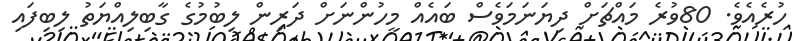
ހުރެއެވެ. 80ވުރެ މައްޗަށް ދިޔަނަމަވެސް ބައެއް މީހުންނަށް ދަރިން ލިބުމުގެ ގާބިލިއްޔަތު ލިބިފައި